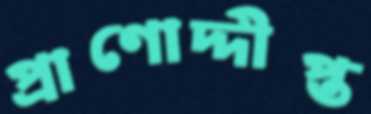
প্রাণোদ্দীপ্ত